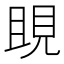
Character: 𧠢